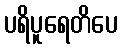
ပရိပူရေတိပေ